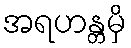
အရဟန္တမှိ